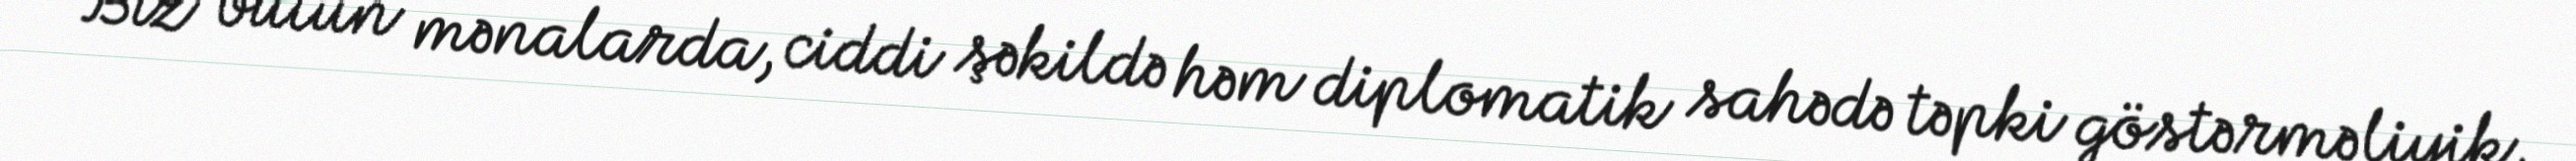
Biz bütün mənalarda, ciddi şəkildə həm diplomatik sahədə təpki göstərməliyik,